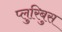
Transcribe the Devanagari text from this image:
प्लुरिबुस